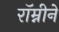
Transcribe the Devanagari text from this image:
रॉम्नीने